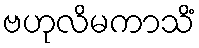
ဗဟုလိမကာသိံ